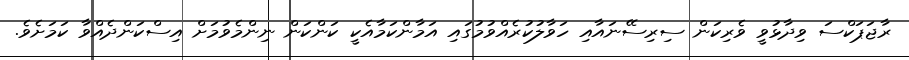
ރާޖަޕަކްސަ ވިދާޅުވީ ވެރިކަން ސިރިސޭނައާއި ހަވާލުކުރެއްވުމުގައި އަމާންކަމާއެކީ ކަންކަން ނިންމެވުމަށް އިސްކަންދެއްވާ ކަމަށެވެ.